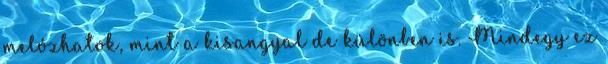
melózhatok, mint a kisangyal de különben is. Mindegy ez